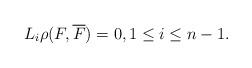
LaTeX: \begin{align*}L_{i}\rho(F, \overline{F})=0, 1 \leq i \leq n-1.\end{align*}